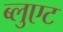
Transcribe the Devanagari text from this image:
ब्लुएट